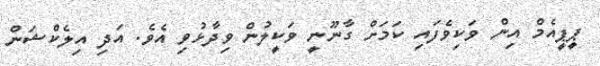
ޕީޕީއެމް އިން ވަކިވެފައި ކަމަށް ގާނޫނީ ވަކީލުން ވިދާޅުވި އެވެ. އަދި އިލެކްޝަން